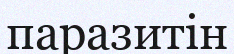
паразитін